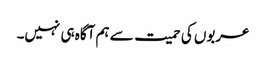
عربوں کی حمیت سے ہم آگاہ ہی نہیں۔